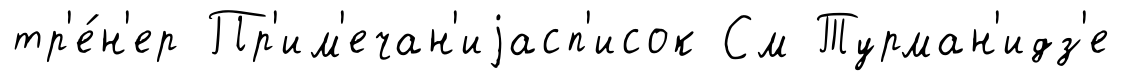
тр'е́н'ер Пр'им'ечан'иjасп'исок См Турман'идз'е